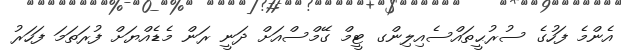
އެންމެ ފަހުގެ ސުރުޙީތައްސެއިލިންގ ޓީމް ގޭމްސްއަށް ދަނީ ރަން މެޑެއްޔަށް ފުރަތަމަ ފަހަރު